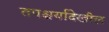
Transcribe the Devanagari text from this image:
तपश्चर्यादेखील